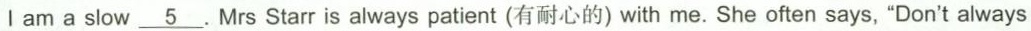
I am a slow \underline{ 5}. Mrs Starr is always patient (有耐心的) with me. She often says, "Don't always